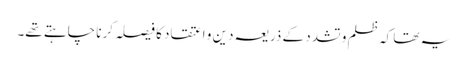
یہ تھا کہ ظلم و تشدد کے ذریعہ دین و اعتقاد کا فیصلہ کرنا چاہتے تھے۔